Scottish Leaving Certificate Examination, 1957
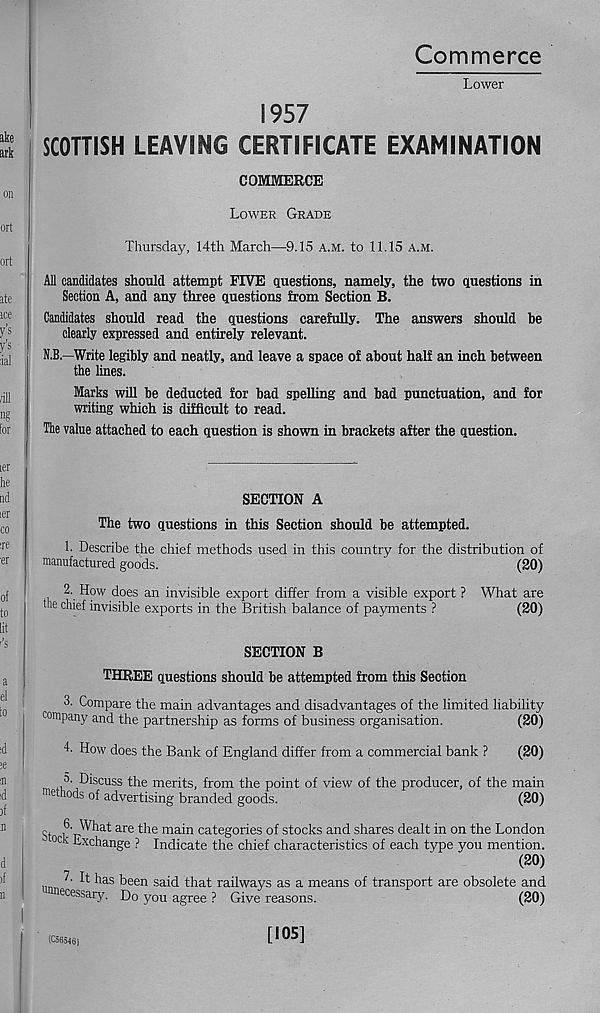
Commerce
Lower
1957
SCOTTISH LEAVING CERTIFICATE EXAMINATION
COMMERCE
Lower Grade
Thursday, 14th March—9.15 a.m. to 11.15 a.m.
All candidates should attempt FIVE questions, namely, the two questions in
Section A, and any three questions from Section B.
Candidates should read the questions carefully. The answers should be
clearly expressed and entirely relevant.
N.B.—Write legibly and neatly, and leave a space of about half an inch between
the lines.
Marks will be deducted for bad spelling and bad punctuation, and for
writing which is difficult to read.
The value attached to each question is shown in brackets after the question.
SECTION A
The two questions in this Section should be attempted.
h Describe the chief methods used in this country for the distribution of
manufactured goods.
(20)
2. How does an invisible export differ from a visible export ? What are
the chief invisible exports in the British balance of payments ?
(20)
SECTION B
THREE questions should be attempted from this Section
3. Compare the main advantages and disadvantages of the limited liability
company and the partnership as forms of business organisation.
(20)
4. How does the Bank of England differ from a commercial bank ?
(20)
t>. Discuss the merits, from the point of view of the producer, of the main
me 10< k 0; f advertising branded goods.
(20)
q. 6- What are the main categories of stocks and shares dealt in on the London
■- °clv Exchange ? Indicate the chief characteristics of each type you mention.
(20)
^ ^ ^l as k een said that railways as a means of transport are obsolete and
necessary. Do you agree ? Give reasons.
(20)
(C56546)
[105]